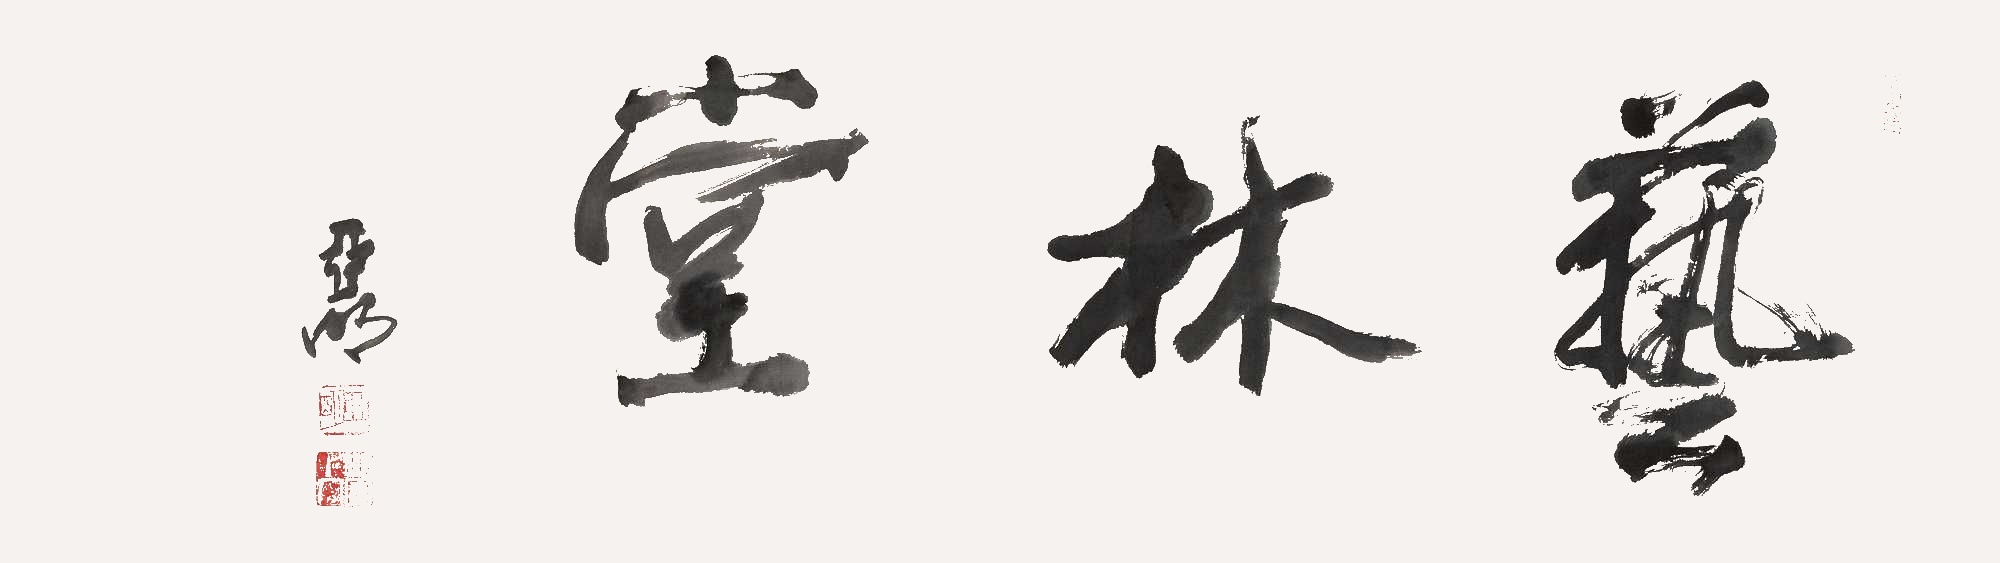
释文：艺林堂亚明。